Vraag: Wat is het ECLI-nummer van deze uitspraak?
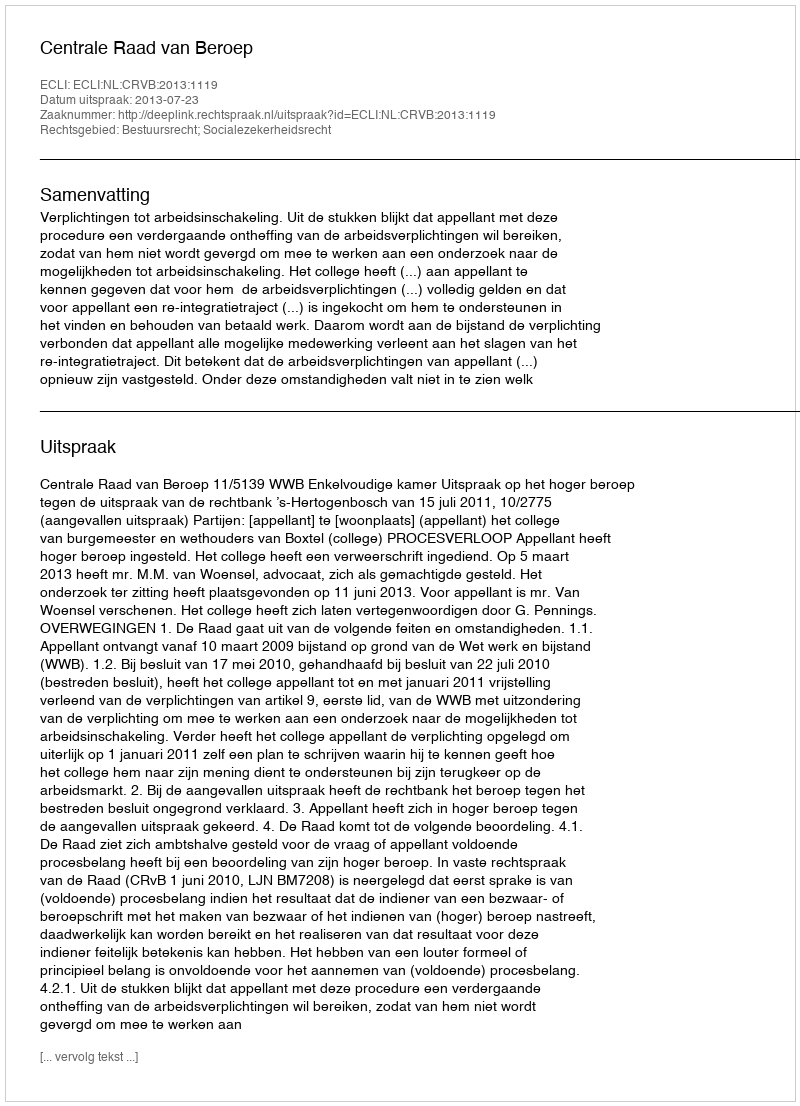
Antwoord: ECLI:NL:CRVB:2013:1119